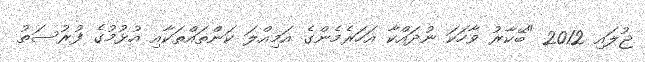
ޖުލައި 2012 "ބޭކާރު ވާހަކަ ނުދައްކާ އަހަރެމެންގެ އަމިއްލަ ކަންތައްތަކާއި އުޅުމުގެ ފުރުސަތު